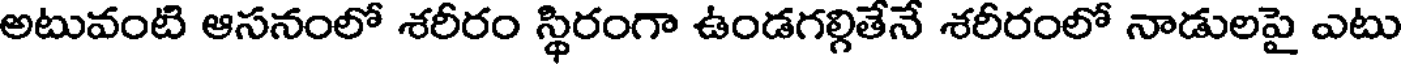
అటువంటి ఆసనంలో శరీరం స్థిరంగా ఉండగల్గితేనే శరీరంలో నాడులపై ఎటు